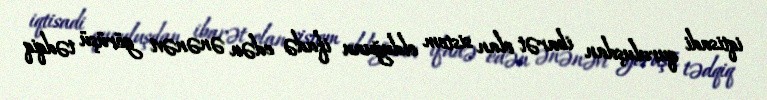
iqtisadi quruluşdan ibarət olan sistem olduğunu ifadə edən ənənəvi görüşü tədqiq